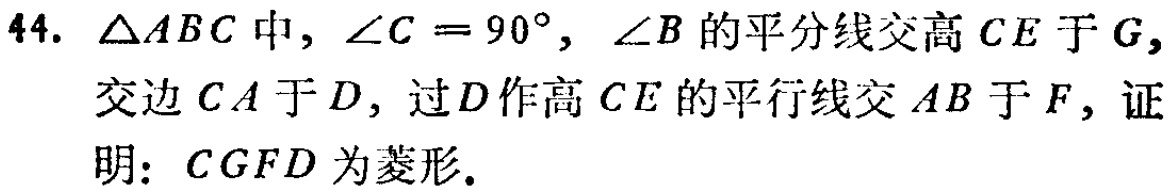
44. $\triangle ABC$中，$\angle C = 90^{\circ}$，$\angle B$的平分线交高$CE$于$G$，交边$CA$于$D$，过$D$作高$CE$的平行线交$AB$于$F$，证明：$CGFD$为菱形.